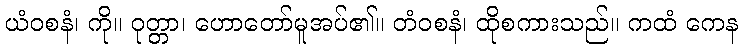
ယံဝစနံ၊ ကို။ ဝုတ္တာ၊ ဟောတော်မူအပ်၏။ တံဝစနံ၊ ထိုစကားသည်။ ကထံ ကေန